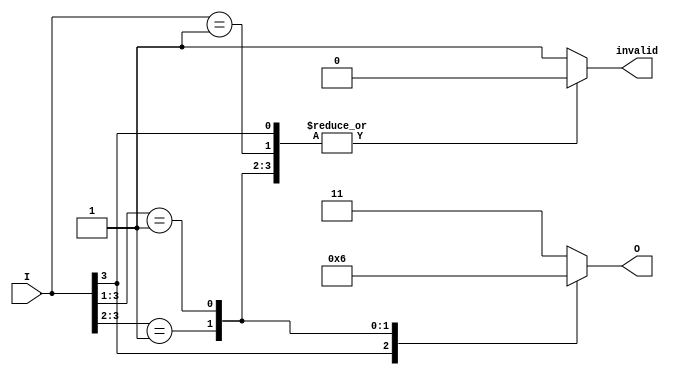
module multilevel_encoder (
    input wire [3:0] I,      // 4 input lines
    output reg [1:0] O,      // 2 output lines
    output reg invalid        // Invalid input signal
);

    always @(*) begin
        // Default values
        O = 2'b11;             // Default output for invalid state
        invalid = 1'b1;        // Assume invalid state initially

        // Priority encoding logic
        casez (I)              // Use casez to handle don't care conditions
            4'b1??? : begin    // I0 is active
                O = 2'b00;
                invalid = 1'b0;
            end
            4'b01?? : begin    // I1 is active
                O = 2'b01;
                invalid = 1'b0;
            end
            4'b001? : begin     // I2 is active
                O = 2'b10;
                invalid = 1'b0;
            end
            4'b0001 : begin     // I3 is active
                O = 2'b11;
                invalid = 1'b0;
            end
            default: begin       // No inputs are active
                O = 2'b11;       // Output for invalid state
                invalid = 1'b1;  // Set invalid flag
            end
        endcase
    end

endmodule